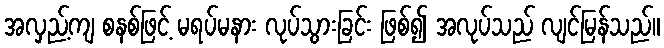
အလှည့်ကျ စနစ်ဖြင့် မရပ်မနား လုပ်သွားခြင်း ဖြစ်၍ အလုပ်သည် လျင်မြန်သည်။